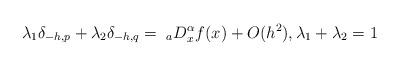
LaTeX: \begin{align*} \lambda_1 \delta_{-h,p} +\lambda_2 \delta_{-h,q} = \;_aD_x^\alpha f(x) + O(h^2), \lambda_1 +\lambda_2 = 1\end{align*}